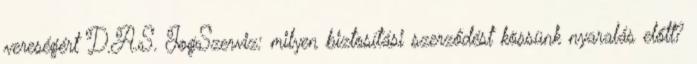
vereségért D.A.S. JogSzerviz: milyen biztosítási szerződést kössünk nyaralás előtt?